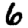
Digit: 6